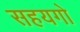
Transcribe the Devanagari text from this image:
सहयगो